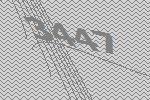
3447